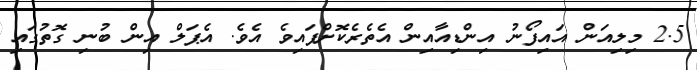
2.5 މިލިއަން އައިފޯނު އިންޑިއާއިން އެތެރެކޮށްފައިވެ އެވެ. އެޕަލް އިން ބުނި ގޮތުގައި